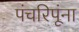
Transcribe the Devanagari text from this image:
पंचरिपूंना